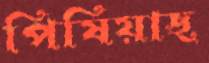
পিষিয়াছ